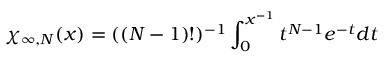
\chi _ { \infty , N } ( x ) = ( ( N - 1 ) ! ) ^ { - 1 } \int _ { 0 } ^ { x ^ { - 1 } } t ^ { N - 1 } e ^ { - t } d t